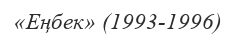
«Еңбек» (1993-1996)